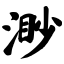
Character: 渺